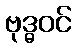
ဗုဒ္ဓဝင်